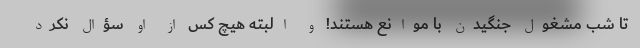
تا شب مشغول جنگیدن با موانع هستند! و البته هیچ کس از او سؤال نکرد